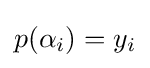
p(\alpha _{i})=y_{i}